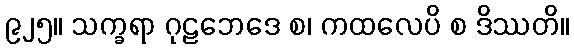
၉၂၅။ သက္ခရာ ဂုဠဘေဒေ စ၊ ကထလေပိ စ ဒိဿတိ။